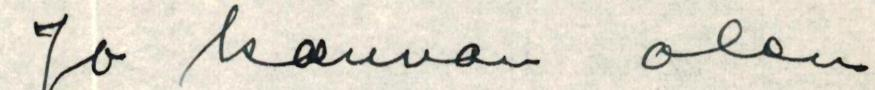
Jo kauvan olen